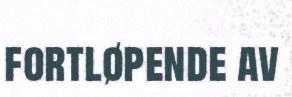
fortløpende av